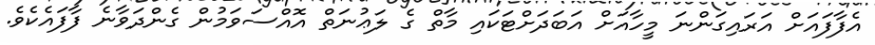
އެފާފައަށް އަރައިގަންނަ މީހާއަށް އަބަދަށްޓަކައި މާތް ގެ ލަޢުނަތް އޮއްސަވަމުން ގެންދަވާނެ ފާފައެކެވެ.